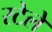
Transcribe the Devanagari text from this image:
रटेले